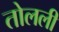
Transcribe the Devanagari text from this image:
तोलली